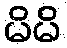
မိမိ